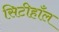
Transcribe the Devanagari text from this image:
सिटीहाँल